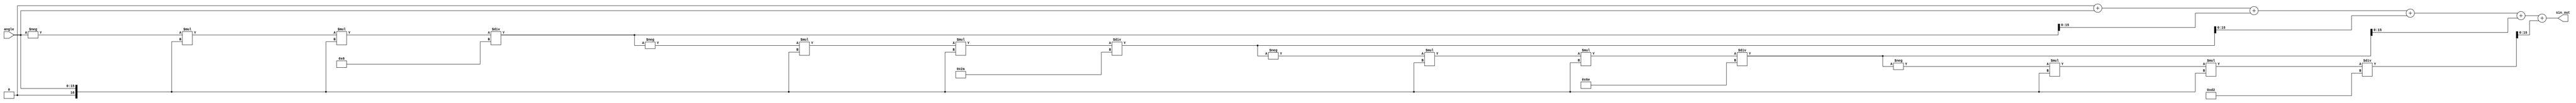
module sin_function(
    input  wire [15:0] angle,  // Fixed-point angle input (in radians), [-, ]
    output reg  [15:0] sin_out  // Fixed-point sine output, [-1, 1]
);
    // Taylor series coefficients for sine: 
    // sin(x)  x - x^3/3! + x^5/5! - x^7/7! + ...
    reg signed [31:0] x;             // Extended precision to minimize errors
    reg signed [31:0] x_squared;     // x^2
    reg signed [31:0] term;           // Current term in Taylor series
    integer i;
    parameter N = 7;                  // Number of terms in Taylor series

    always @(*) begin
        // Normalize the angle if needed (e.g., reduce modulo 2)
        // Here we assume input angle is within [-, ] for simplicity
        x = angle; // Assuming angle is already in the required range

        // Initialize output
        sin_out = 16'b0;

        // Calculate sine using Taylor series expansion
        term = x; // First term is x
        sin_out = sin_out + term;

        // Calculate the remaining terms
        for (i = 1; i <= N; i = i + 1) begin
            if (i % 2 == 1) begin // Odd terms
                term = (-term * x * x) / ((2 * i) * (2 * i + 1)); // x^2 / (2*i)!
                sin_out = sin_out + term;
            end 
        end
    end
endmodule